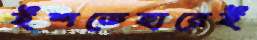
ইশতেহারেই